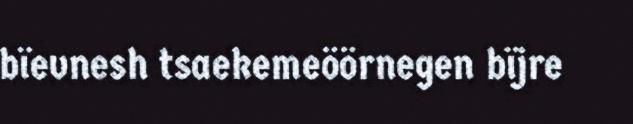
bïevnesh tsaekemeöörnegen bïjre